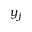
y _ { j }